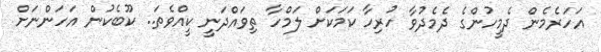
އަހަރެމެން ދެމީހުންގެ ދެމެދުވާ ހުރިހާ ކަމަކަށް ލަމްހާ ތިވައްދަނީ ކީއްވެތަ.. ކޫބެކުން އަހަންނަށް